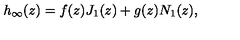
h _ { \infty } ( z ) = f ( z ) J _ { 1 } ( z ) + g ( z ) N _ { 1 } ( z ) ,